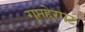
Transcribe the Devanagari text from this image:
गुप्तहेरपट